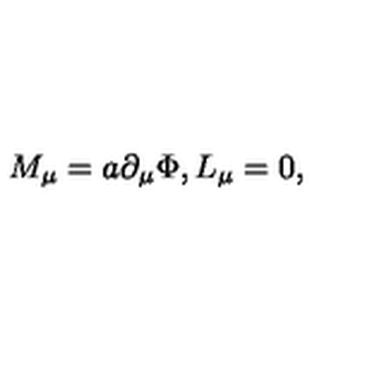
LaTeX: M _ { \mu } = a \partial _ { \mu } \Phi , L _ { \mu } = 0 ,